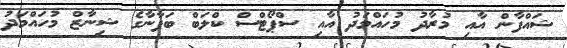
ޝައްފާން އާއި މުރާދު މުހައްމަދު އާއި ސްޕޯޓްސް ކްލަބް ބަފާނާގެ ޝިނާޒް މުހައްމަދު